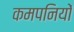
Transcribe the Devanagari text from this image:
कमपनियों